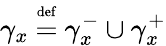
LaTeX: \gamma_{x}\ {\overset{\underset{\mathrm{def}}{}}{=}}\ \gamma_{x}^{-}\cup\gamma_{x}^{+}